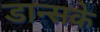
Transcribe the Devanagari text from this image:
डान्सके